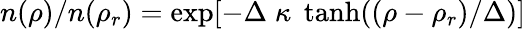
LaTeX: n(\rho)/n(\rho_{r})=\exp[-\Delta\; \kappa\; \operatorname{tanh}((\rho-\rho_{r})/\Delta)]